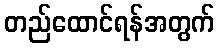
တည်ထောင်ရန်အတွက်